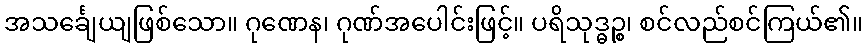
အသင်္ချေယျဖြစ်သော။ ဂုဏေန၊ ဂုဏ်အပေါင်းဖြင့်။ ပရိသုဒ္ဓဉ္စ၊ စင်လည်စင်ကြယ်၏။